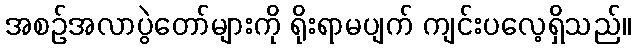
အစဉ်အလာပွဲတော်များကို ရိုးရာမပျက် ကျင်းပလေ့ရှိသည်။